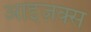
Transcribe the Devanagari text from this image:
आइज़क्स